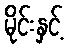
မိုင်းနှင့်